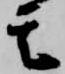
其